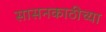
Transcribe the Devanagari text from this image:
सासनकाठीच्या